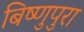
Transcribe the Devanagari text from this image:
बिष्णुपुरा